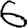
Digit: 6